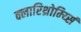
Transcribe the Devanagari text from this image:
क्लारिथ्रोम्य्सिं